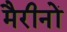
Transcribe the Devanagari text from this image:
मैरीनों